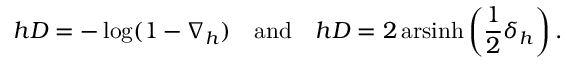
h D = - \log ( 1 - \nabla _ { h } ) \quad { \mathrm { a n d } } \quad h D = 2 \operatorname { a r s i n h } \left( { \frac { 1 } { 2 } } \delta _ { h } \right) .